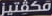
مكفتيز